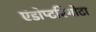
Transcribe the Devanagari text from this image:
एंडोप्टरिगोटा